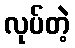
လုပ်တဲ့